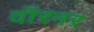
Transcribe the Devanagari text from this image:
वॉरनर